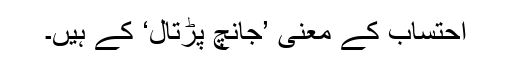
احتساب کے معنی ’جانچ پڑتال‘ کے ہیں۔